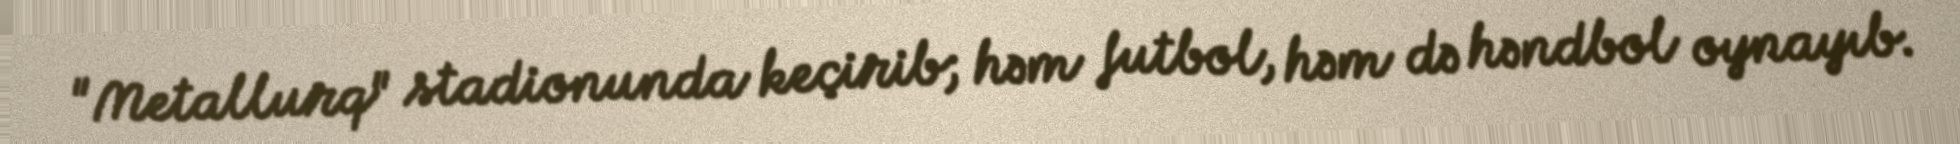
"Metallurq" stadionunda keçirib; həm futbol, həm də həndbol oynayıb.